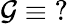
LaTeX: \mathcal{G}\equiv\operatorname{\mathrm{{?}}}